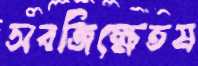
সবজিক্ষেতম